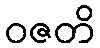
ဝဇတိ